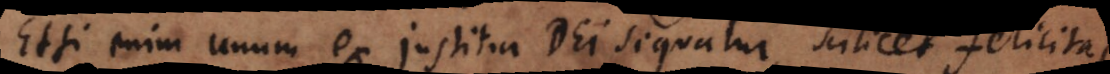
Etsi enim unum ex justitia Dei sequatur, scilicet felicitas